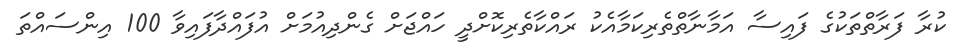
ކުރާ ފަރާތްތަކުގެ ފައިސާ އަމާނާތްތެރިކަމާއެކު ރައްކާތެރިކޮށްދީ ހައްޖަށް ގެންދިއުމަށް އުފައްދާފައިވާ 100 އިންސައްތަ